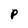
Character: p